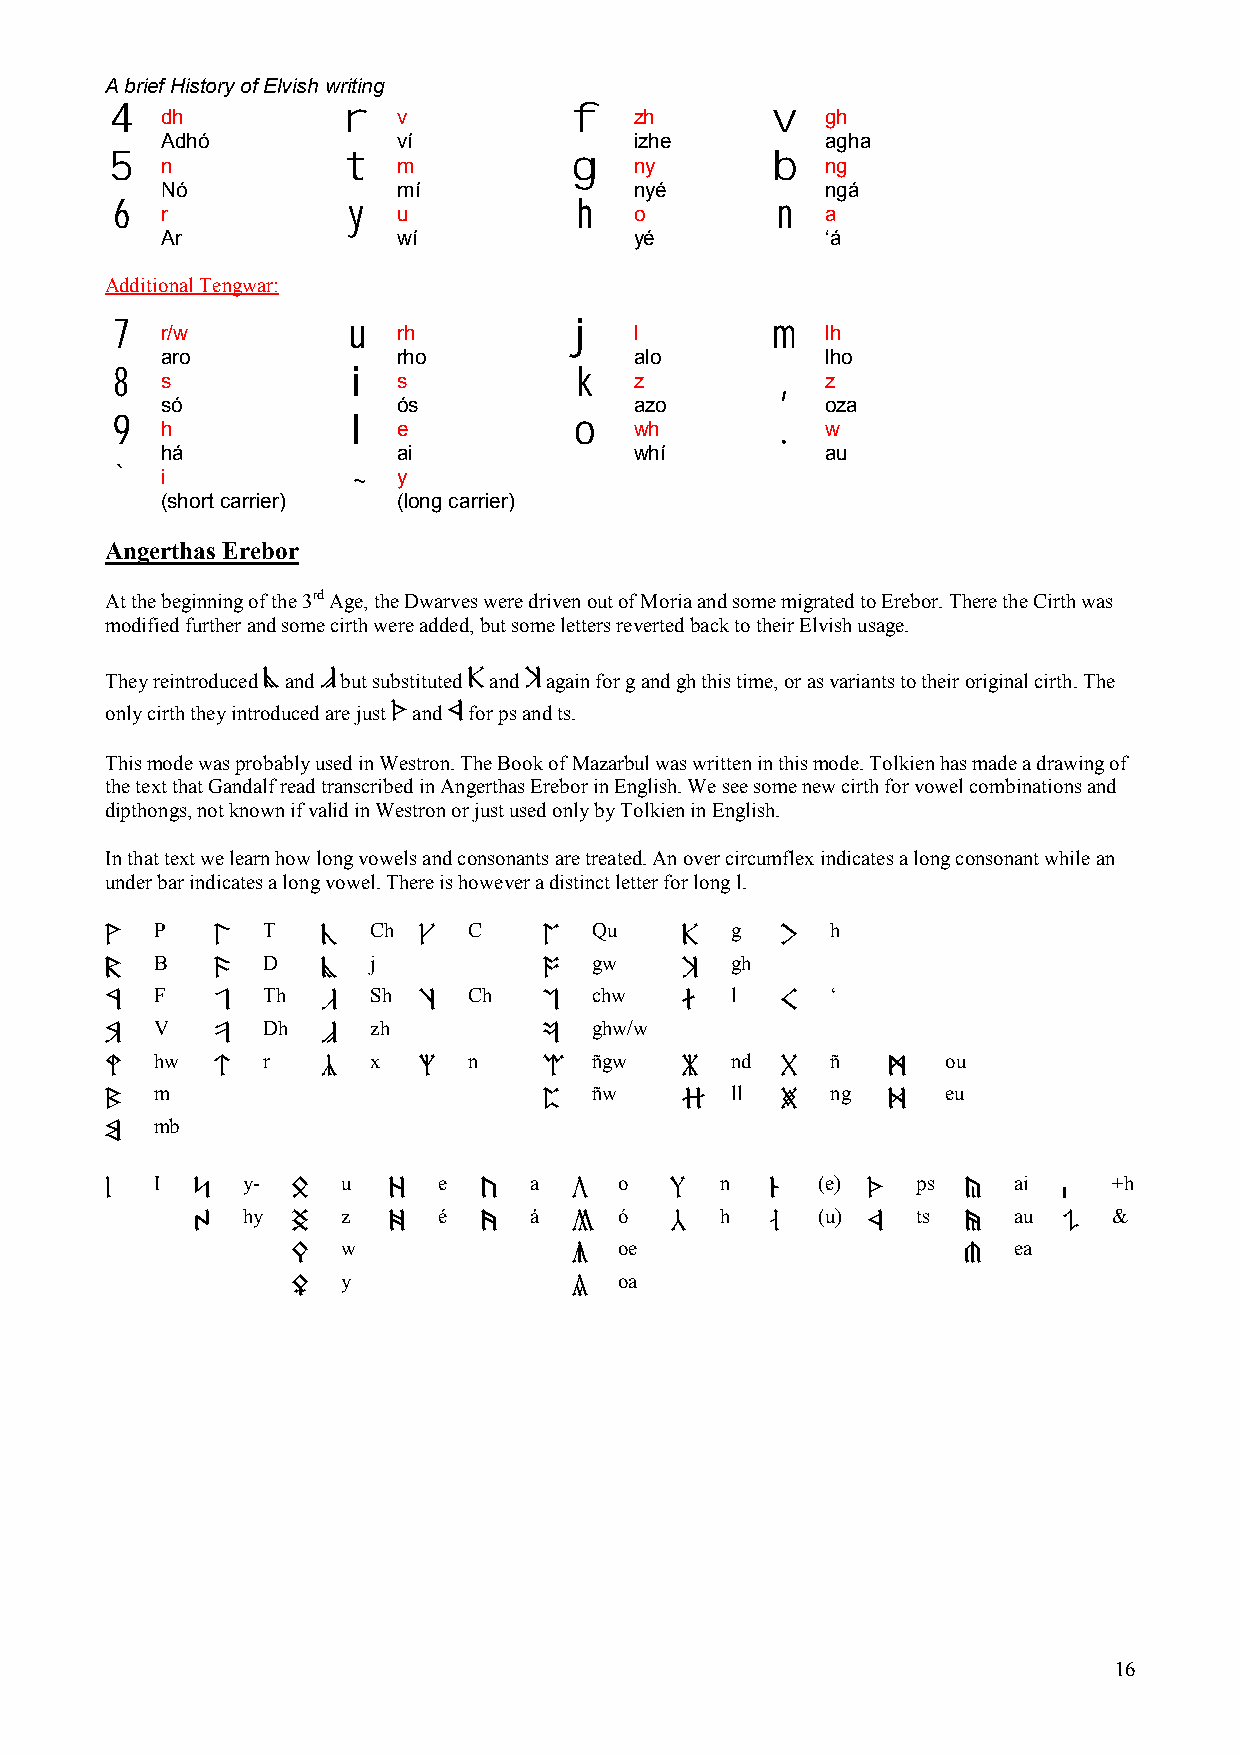
A brief History of Elvish writing
 4   dh          r  v           f   zh       v   gh
 Adhó           ví              izhe         agha
 5   n           t  m           g   ny       b   ng
 Nó             mí              nyé          ngá
 6  r           y  u           h   o        n   a
 Ar             wí              yé           ‘á
 Additional Tengwar:
 7   r/w         u  rh          j   l        m   lh
 aro            rho             alo          lho
 8  s           i  s           k   z        ,   z
 só             ós              azo          oza
 9   h           l  e           o   wh       .   w
 há             ai              whí          au
 `  i           ~  y
 (short carrier) (long carrier)
 Angerthas Erebor
 At the beginning of the 3rd Age, the Dwarves were driven out of Moria and some migrated to Erebor. There the Cirth was
 modified further and some cirth were added, but some letters reverted back to their Elvish usage.
 They reintroduced $ and q but substituted R and T again for g and gh this time, or as variants to their original cirth. The
 only cirth they introduced are just X and C for ps and ts.
 This mode was probably used in Westron. The Book of Mazarbul was written in this mode. Tolkien has made a drawing of
 the text that Gandalf read transcribed in Angerthas Erebor in English. We see some new cirth for vowel combinations and
 dipthongs, not known if valid in Westron or just used only by Tolkien in English.
 In that text we learn how long vowels and consonants are treated. An over circumflex indicates a long consonant while an
 under bar indicates a long vowel. There is however a distinct letter for long l.
 P      T       Ch    C       Qu       g      h
 1      8      #      e       i        R      f
 B      D       j             gw       gh
 2      9      $              o        T
 F      Th      Sh    Ch      chw      l      ‘
 3      0      %      t       p        a      g
 V      Dh      zh            ghw/w
 4      !      q              Q
 hw     r       x     n       ñgw      nd     ñ       ou
 5      @      w      u       W        d      h      J
 m                            ñw       ll     ng      eu
 6                            E        :      j      K
 mb
 7
 I     y-     u     e     a     o      n     (e)    ps    ai     +h
 l     ;     S      z     c     b     ,      /     X      &     V
 hy     z     é     á     ó      h     (u)    ts    au     &
 A     D      x     v     n     .      Z     C      *     B
 w                 oe                        ea
 F                  m                         (
 y                 oa
 G                  )
 16